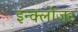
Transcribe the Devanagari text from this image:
इन्क्लोज़र